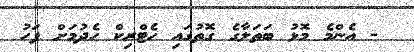
- އެންމެ މޮޅު ބަތަލާގެ ގޮތުގައި ހެޓްރިކް ހެދުމަށް ފަހު